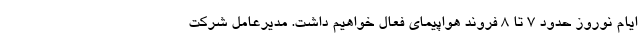
ایام نوروز حدود ۷ تا ۸ فروند هواپیمای فعال خواهیم داشت. مدیرعامل شرکت